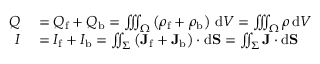
\begin{array} { r l } { Q } & { { } = Q _ { \mathrm { f } } + Q _ { \mathrm { b } } = \iiint _ { \Omega } \left( \rho _ { \mathrm { f } } + \rho _ { \mathrm { b } } \right) \, \mathrm { d } V = \iiint _ { \Omega } \rho \, \mathrm { d } V } \\ { I } & { { } = I _ { \mathrm { f } } + I _ { \mathrm { b } } = \iint _ { \Sigma } \left( \mathbf { J } _ { \mathrm { f } } + \mathbf { J } _ { \mathrm { b } } \right) \cdot \mathrm { d } \mathbf { S } = \iint _ { \Sigma } \mathbf { J } \cdot \mathrm { d } \mathbf { S } } \end{array}